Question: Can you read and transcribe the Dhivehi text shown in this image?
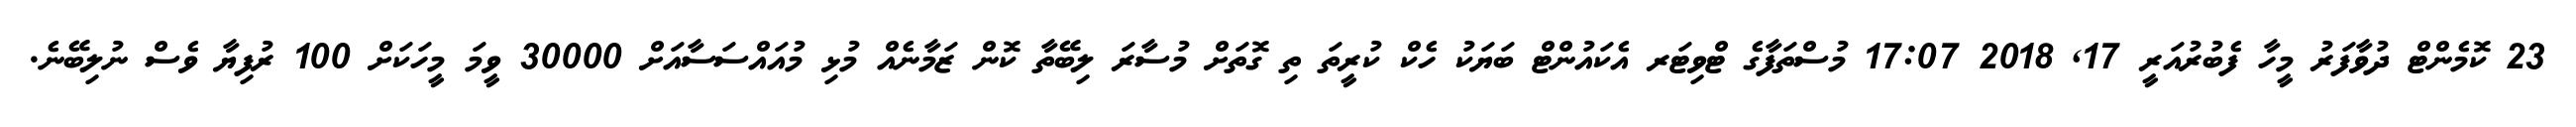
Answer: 23 ކޮމެންޓް ދުވާފަރު މީހާ ފެބުރުއަރީ 17, 2018 17:07 މުސްތަފާގެ ޓްވިޓަރ އެކައުންޓް ބަޔަކު ހެކް ކުރީތަ ތި ގޮތަށް މުސާރަ ލިބޭތާ ކޮން ޒަމާނެއް މުޅި މުއައްސަސާއަށް 30000 ވީމަ މީހަކަށް 100 ރުފިޔާ ވެސް ނުލިބޭނެ.